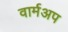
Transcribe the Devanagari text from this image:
वार्मअप